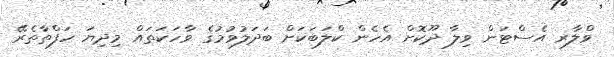
ވްލާރ އެސްޓަން ވިލާ ދޫކޮށް އެހެން ކްލަބަކަށް ބަދަލުވުމުގެ ވާހަކަތައް މިދިޔަ ހަފްތާތެރޭ